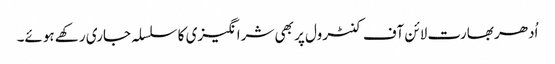
اُدھر بھارت لائن آف کنٹرول پر بھی شرانگیزی کا سلسلہ جاری رکھے ہوئے۔